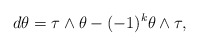
\begin{align*}d\theta = \tau\wedge\theta - (-1)^k \theta\wedge \tau,\end{align*}